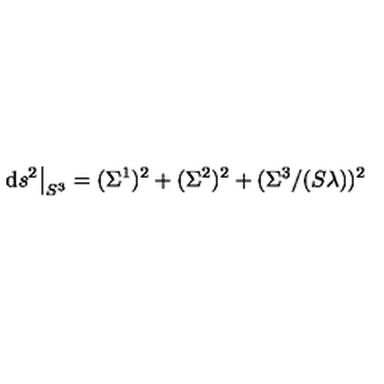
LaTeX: \mathrm { d } s ^ { 2 } \big \vert _ { S ^ { 3 } } = ( \Sigma ^ { 1 } ) ^ { 2 } + ( \Sigma ^ { 2 } ) ^ { 2 } + ( \Sigma ^ { 3 } / ( S \lambda ) ) ^ { 2 }